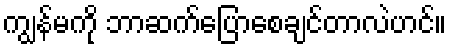
ကျွန်မကို ဘာဆက်ပြောစေချင်တာလဲဟင်။